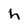
Character: h